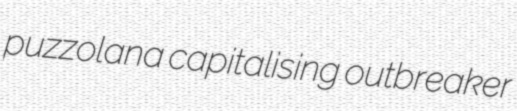
puzzolana capitalising outbreaker